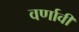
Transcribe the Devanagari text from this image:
वर्णावी